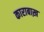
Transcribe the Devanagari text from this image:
काराबाख़